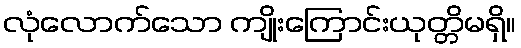
လုံလောက်သော ကျိုးကြောင်းယုတ္တိမရှိ။